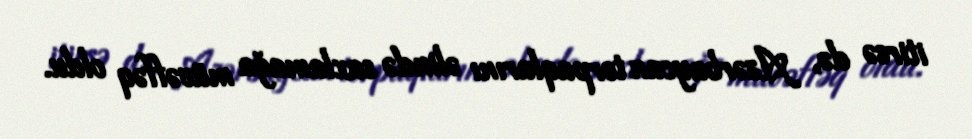
itirsə də, Azərbaycan torpaqlarını əlində saxlamağa müvəffəq oldu.